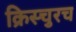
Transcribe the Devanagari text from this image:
क्रिस्चुरच